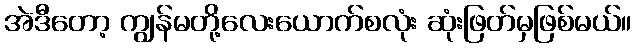
အဲဒီတော့ ကျွန်မတို့လေးယောက်စလုံး ဆုံးဖြတ်မှဖြစ်မယ်။